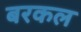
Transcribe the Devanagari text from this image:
बरकल